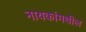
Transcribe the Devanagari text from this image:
नायकांमधील